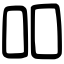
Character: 吅